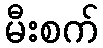
မီးစက်